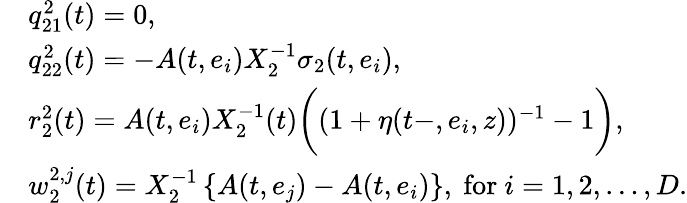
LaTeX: \begin{array}{rl}&{q_{21}^{2}(t)=0,}\\ &{q_{22}^{2}(t)=-A(t,e_{i})X_{2}^{-1}\sigma_{2}(t,e_{i}),}\\ &{r_{2}^{2}(t)=A(t,e_{i})X_{2}^{-1}(t)\biggl((1+\eta(t-,e_{i},z))^{-1}-1\biggr),}\\ &{w_{2}^{2,j}(t)=X_{2}^{-1}\left\{ A(t,e_{j})-A(t,e_{i})\right\} ,\ \mathrm{for}\ i=1,2,\ldots,D.}\end{array}